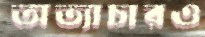
অত্যাচারও